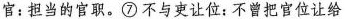
官：担当的官职。⑦不与吏让位；不曾把官位让给